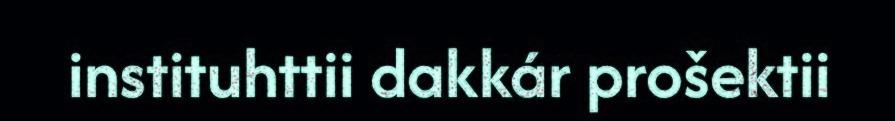
instituhttii dakkár prošektii